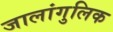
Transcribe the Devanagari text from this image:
जालांगुलिक